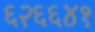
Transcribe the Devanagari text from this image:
६२६६४१